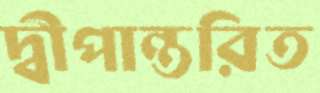
দ্বীপান্তরিত